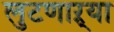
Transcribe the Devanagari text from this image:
लुटणाऱ्या